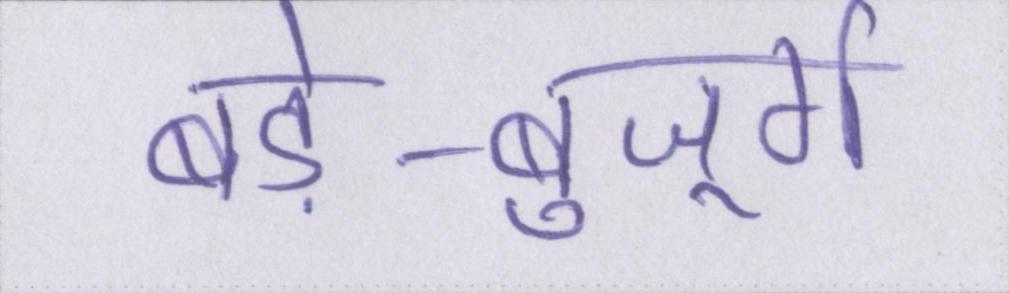
बड़े-बुजूर्ग